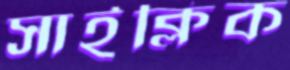
সাইক্লিক